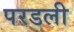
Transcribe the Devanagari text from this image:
परडली